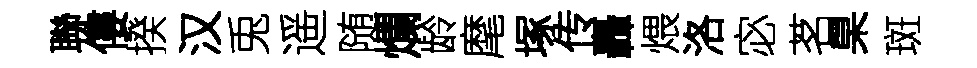
聯僂揆汉兎遥随爛龄麾塚传轟煨洛宓茗臬斑